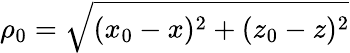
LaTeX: \rho_{0}=\sqrt{(x_{0}-x)^{2}+(z_{0}-z)^{2}}